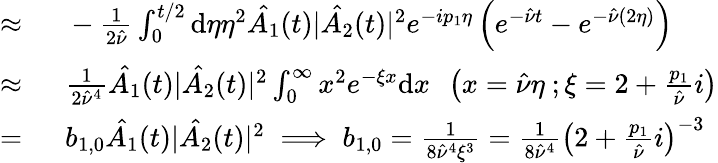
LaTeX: \begin{array}{rl}{\approx\ }&{{}-\frac{1}{2\hat{\nu}}\int_{0}^{t/2}\mathrm{d}\eta\eta^{2}\hat{A_{1}}(t)|\hat{A_{2}}(t)|^{2}e^{-ip_{1}\eta}\left(e^{-\hat{\nu}t}-e^{-\hat{\nu}(2\eta)}\right)}\\ {\approx\ }&{{}\frac{1}{2\hat{\nu}^{4}}\hat{A_{1}}(t)|\hat{A_{2}}(t)|^{2}\int_{0}^{\infty}x^{2}e^{-\xi x}\mathrm{d}x\ \ \left(x=\hat{\nu}\eta\ ;\xi=2+\frac{p_{1}}{\hat{\nu}}i\right)}\\ {=\ }&{{}b_{1,0}\hat{A_{1}}(t)|\hat{A_{2}}(t)|^{2}\implies b_{1,0}=\frac{1}{8\hat{\nu}^{4}\xi^{3}}=\frac{1}{8\hat{\nu}^{4}}\left(2+\frac{p_{1}}{\hat{\nu}}i\right)^{-3}}\end{array}